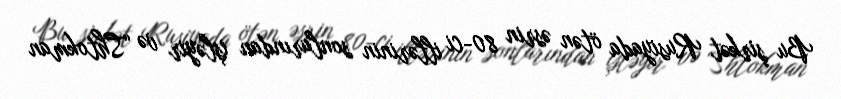
Bu şirkət Rusiyada ötən əsrin 80-ci illərinin sonlarından işləyir və “Shtokman